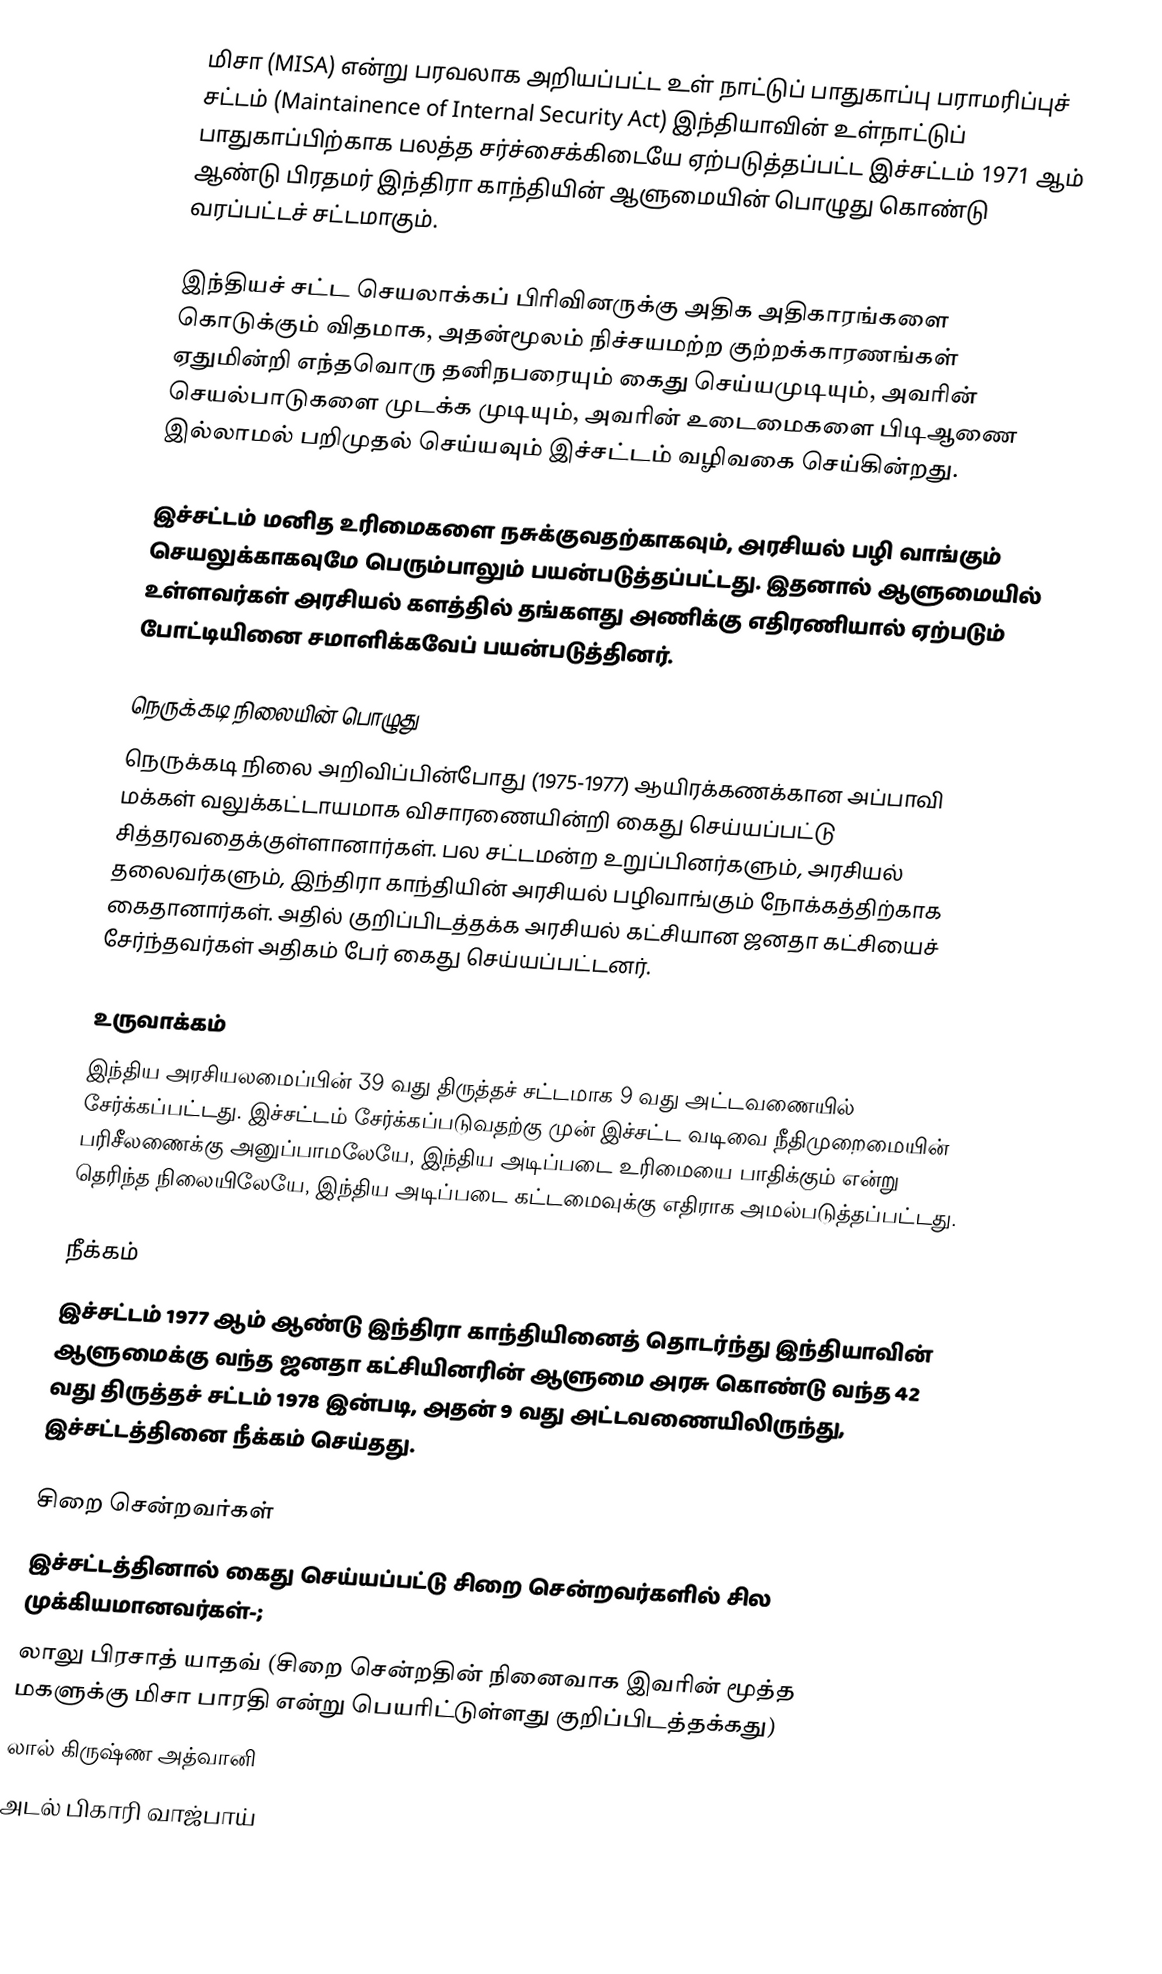
மிசா (MISA) என்று பரவலாக அறியப்பட்ட உள் நாட்டுப் பாதுகாப்பு பராமரிப்புச் சட்டம் (Maintainence of Internal Security Act) இந்தியாவின் உள்நாட்டுப் பாதுகாப்பிற்காக பலத்த சர்ச்சைக்கிடையே ஏற்படுத்தப்பட்ட இச்சட்டம் 1971 ஆம் ஆண்டு பிரதமர் இந்திரா காந்தியின் ஆளுமையின் பொழுது கொண்டு வரப்பட்டச் சட்டமாகும்.

இந்தியச் சட்ட செயலாக்கப் பிரிவினருக்கு அதிக அதிகாரங்களை கொடுக்கும் விதமாக, அதன்மூலம் நிச்சயமற்ற குற்றக்காரணங்கள் ஏதுமின்றி எந்தவொரு தனிநபரையும் கைது செய்யமுடியும், அவரின் செயல்பாடுகளை முடக்க முடியும், அவரின் உடைமைகளை பிடிஆணை இல்லாமல் பறிமுதல் செய்யவும்  இச்சட்டம் வழிவகை செய்கின்றது.

இச்சட்டம் மனித உரிமைகளை நசுக்குவதற்காகவும், அரசியல் பழி வாங்கும் செயலுக்காகவுமே பெரும்பாலும் பயன்படுத்தப்பட்டது. இதனால் ஆளுமையில் உள்ளவர்கள் அரசியல் களத்தில் தங்களது அணிக்கு எதிரணியால் ஏற்படும் போட்டியினை சமாளிக்கவேப் பயன்படுத்தினர்.

நெருக்கடி நிலையின் பொழுது
நெருக்கடி நிலை அறிவிப்பின்போது (1975-1977) ஆயிரக்கணக்கான அப்பாவி மக்கள் வலுக்கட்டாயமாக விசாரணையின்றி கைது செய்யப்பட்டு சித்தரவதைக்குள்ளானார்கள். பல சட்டமன்ற உறுப்பினர்களும், அரசியல் தலைவர்களும், இந்திரா காந்தியின் அரசியல் பழிவாங்கும் நோக்கத்திற்காக கைதானார்கள். அதில் குறிப்பிடத்தக்க அரசியல் கட்சியான ஜனதா கட்சியைச் சேர்ந்தவர்கள் அதிகம் பேர் கைது செய்யப்பட்டனர்.

உருவாக்கம்
இந்திய அரசியலமைப்பின்  39 வது திருத்தச் சட்டமாக 9 வது அட்டவணையில் சேர்க்கப்பட்டது. இச்சட்டம் சேர்க்கப்படுவதற்கு முன் இச்சட்ட வடிவை நீதிமுறைமையின் பரிசீலணைக்கு அனுப்பாமலேயே, இந்திய அடிப்படை உரிமையை பாதிக்கும் என்று தெரிந்த நிலையிலேயே, இந்திய அடிப்படை கட்டமைவுக்கு எதிராக அமல்படுத்தப்பட்டது.

நீக்கம்
இச்சட்டம் 1977 ஆம் ஆண்டு இந்திரா காந்தியினைத் தொடர்ந்து இந்தியாவின் ஆளுமைக்கு வந்த ஜனதா கட்சியினரின் ஆளுமை அரசு கொண்டு வந்த 42 வது  திருத்தச் சட்டம் 1978 இன்படி, அதன் 9 வது அட்டவணையிலிருந்து, இச்சட்டத்தினை நீக்கம் செய்தது.

சிறை சென்றவர்கள்
இச்சட்டத்தினால் கைது செய்யப்பட்டு சிறை சென்றவர்களில் சில முக்கியமானவர்கள்-;
 லாலு பிரசாத் யாதவ் (சிறை சென்றதின் நினைவாக இவரின் மூத்த மகளுக்கு மிசா பாரதி என்று பெயரிட்டுள்ளது குறிப்பிடத்தக்கது)
 லால் கிருஷ்ண அத்வானி
 அடல் பிகாரி வாஜ்பாய்